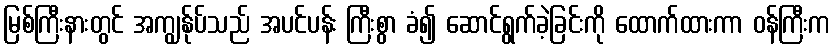
မြစ်ကြီးနားတွင် အကျွန်ုပ်သည် အပင်ပန်း ကြီးစွာ ခံ၍ ဆောင်ရွက်ခဲ့ခြင်းကို ထောက်ထားကာ ဝန်ကြီးက